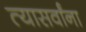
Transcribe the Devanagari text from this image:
त्यासर्वांना